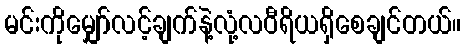
မင်းကိုမျှော်လင့်ချက်နဲ့လုံ့လဝီရိယရှိစေချင်တယ်။